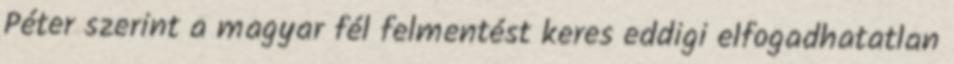
Péter szerint a magyar fél felmentést keres eddigi elfogadhatatlan